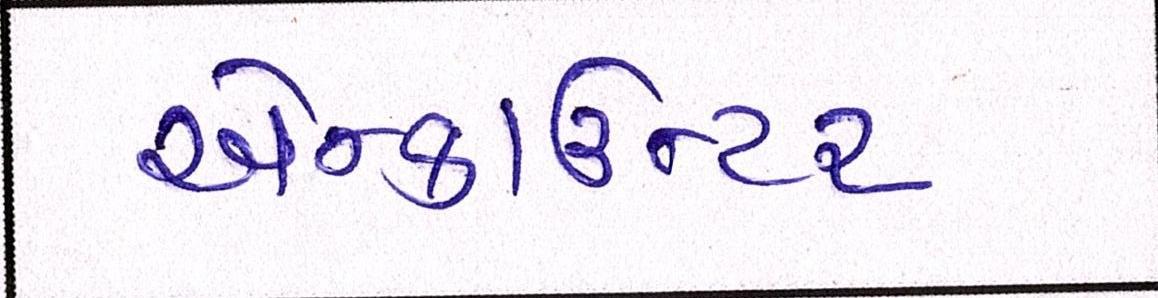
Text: એન્કાઉન્ટર